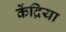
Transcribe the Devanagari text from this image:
केंद्रिया